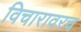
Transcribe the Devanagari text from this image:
विचारावरच